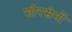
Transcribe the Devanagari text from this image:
शौरसेनों